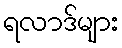
ရလာဒ်များ